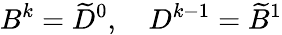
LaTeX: B^{k}=\widetilde{D}^{0},\quad D^{k-1}=\widetilde{B}^{1}